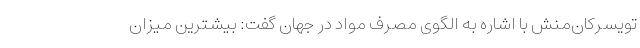
تویسرکان‌منش با اشاره به الگوی مصرف مواد در جهان گفت: بیشترین میزان